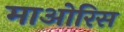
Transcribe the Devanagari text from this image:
माओरिस